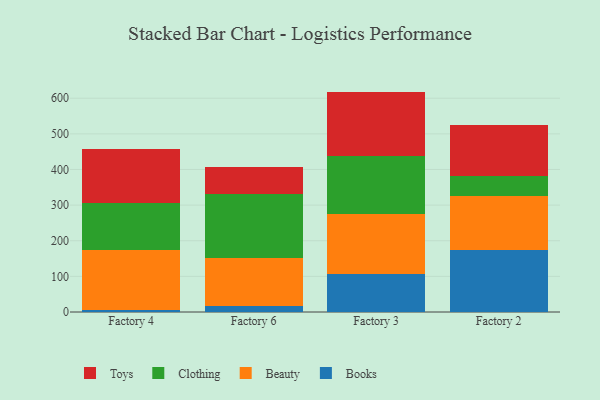
{"axis": {"x": "Factory", "y": "Energy Usage (MWh)"}, "legend": ["Beauty", "Books", "Clothing", "Toys"], "data": [{"x": "Factory 4", "y": 6.8, "type": "Books"}, {"x": "Factory 4", "y": 167.9, "type": "Beauty"}, {"x": "Factory 4", "y": 131.2, "type": "Clothing"}, {"x": "Factory 4", "y": 151.8, "type": "Toys"}, {"x": "Factory 6", "y": 16.1, "type": "Books"}, {"x": "Factory 6", "y": 136.7, "type": "Beauty"}, {"x": "Factory 6", "y": 177.2, "type": "Clothing"}, {"x": "Factory 6", "y": 77.4, "type": "Toys"}, {"x": "Factory 3", "y": 108.0, "type": "Books"}, {"x": "Factory 3", "y": 167.0, "type": "Beauty"}, {"x": "Factory 3", "y": 163.9, "type": "Clothing"}, {"x": "Factory 3", "y": 179.7, "type": "Toys"}, {"x": "Factory 2", "y": 174.4, "type": "Books"}, {"x": "Factory 2", "y": 151.0, "type": "Beauty"}, {"x": "Factory 2", "y": 56.1, "type": "Clothing"}, {"x": "Factory 2", "y": 143.6, "type": "Toys"}]}